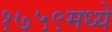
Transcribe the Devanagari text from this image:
१७५९मध्ये